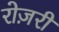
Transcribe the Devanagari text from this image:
रोज़री